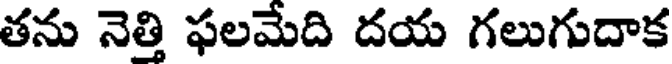
తను నెత్తి ఫలమేది దయ గలుగుదాక